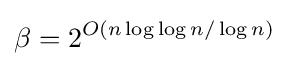
\beta =2^{O(n\log \log n/\log n)}